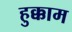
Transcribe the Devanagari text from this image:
हुक्काम